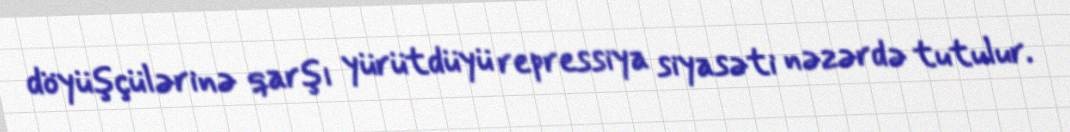
döyüşçülərinə qarşı yürütdüyü repressiya siyasəti nəzərdə tutulur.